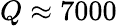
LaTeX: Q\approx 7000